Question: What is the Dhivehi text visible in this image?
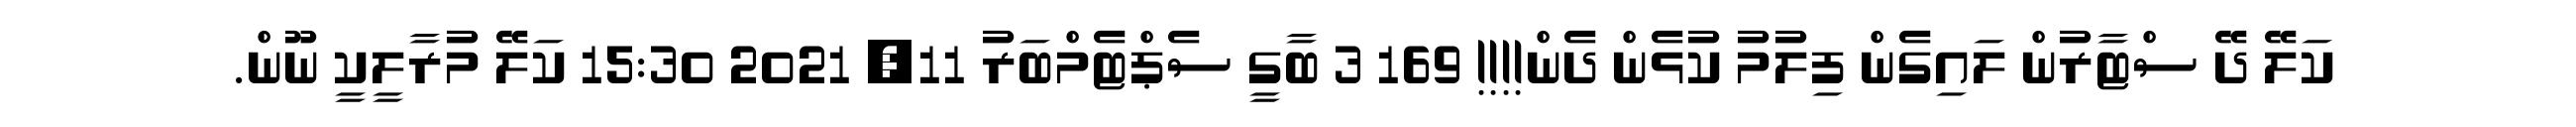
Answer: ކަލޭ ދޭ ސްޓާރުން ލައިގެން ފިލުމު ކުޅެން ދެން!!!! 169 3 ބާގީ ސެޕްޓެމްބަރު 11, 2021 15:30 ކަލޭ މުރާލީކީ ނޫން.